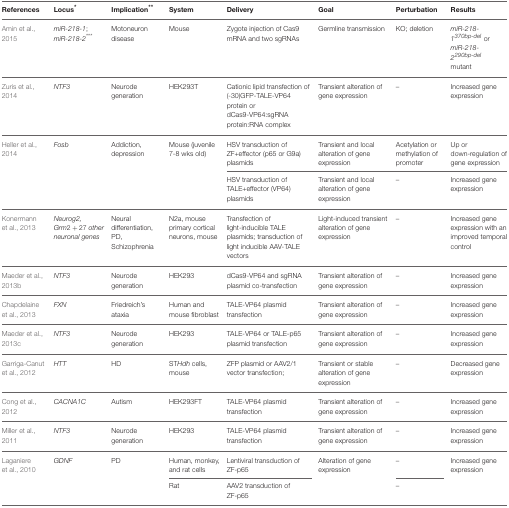
<table><thead><tr><td><b>References</b></td><td><b>Locus<sup>*</sup></b></td><td><b>Implication<sup>**</sup></b></td><td><b>System</b></td><td><b>Delivery</b></td><td><b>Goal</b></td><td><b>Perturbation</b></td><td><b>Results</b></td></tr></thead><tbody><tr><td>Amin et al., 2015</td><td><i>miR-218-1</i>; <i>miR-218-2<sup>***</sup></i></td><td>Motoneuron disease</td><td>Mouse</td><td>Zygote injection of Cas9 mRNA and two sgRNAs</td><td>Germline transmission</td><td>KO; deletion</td><td><i>miR-218-1<sup><i>370<i>bp</i>−<i>del</i></i></sup></i> or <i>miR-218-2<sup><i>290<i>bp</i>−<i>del</i></i></sup></i> mutant</td></tr><tr><td>Zuris et al., 2014</td><td><i>NTF3</i></td><td>Neurodegeneration</td><td>HEK293T</td><td>Cationic lipid transfection of (-30)GFP-TALE-VP64 protein or dCas9-VP64:sgRNA protein:RNA complex</td><td>Transient alteration of gene expression</td><td>–</td><td>Increased gene expression</td></tr><tr><td>Heller et al., 2014</td><td><i>Fosb</i></td><td>Addiction, depression</td><td>Mouse (juvenile 7-8 wks old)</td><td>HSV transduction of ZF+effector (p65 or G9a) plasmids</td><td>Transient and local alteration of gene expression</td><td>Acetylation or methylation of promoter</td><td>Up or down-regulation of gene expression</td></tr><tr><td></td><td></td><td></td><td></td><td>HSV transduction of TALE+effector (VP64) plasmids</td><td>Transient and local alteration of gene expression</td><td>–</td><td>Increased gene expression</td></tr><tr><td>Konermann et al., 2013</td><td><i>Neurog2, Grm2+27 other neuronal genes</i></td><td>Neural differentiation, PD, Schizophrenia</td><td>N2a, mouse primary cortical neurons, mouse</td><td>Transfection of light-inducible TALE plasmids; transduction of light inducible AAV-TALE vectors</td><td>Light-induced transient alteration of gene expression</td><td>–</td><td>Increased gene expression with an improved temporal control</td></tr><tr><td>Maeder et al., 2013b</td><td><i>NTF3</i></td><td>Neurodegeneration</td><td>HEK293</td><td>dCas9-VP64 and sgRNA plasmid co-transfection</td><td>Transient alteration of gene expression</td><td>–</td><td>Increased gene expression</td></tr><tr><td>Chapdelaine et al., 2013</td><td><i>FXN</i></td><td>Friedreich&#x27;s ataxia</td><td>Human and mouse fibroblast</td><td>TALE-VP64 plasmid transfection</td><td>Transient alteration of gene expression</td><td>–</td><td>Increased gene expression</td></tr><tr><td>Maeder et al., 2013c</td><td><i>NTF3</i></td><td>Neurodegeneration</td><td>HEK293</td><td>TALE-VP64 or TALE-p65 plasmid transfection</td><td>Transient alteration of gene expression</td><td>–</td><td>Increased gene expression</td></tr><tr><td>Garriga-Canut et al., 2012</td><td><i>HTT</i></td><td>HD</td><td>ST<i>Hdh</i> cells, mouse</td><td>ZFP plasmid or AAV2/1 vector transfection;</td><td>Transient or stable alteration of gene expression</td><td>–</td><td>Decreased gene expression</td></tr><tr><td>Cong et al., 2012</td><td><i>CACNA1C</i></td><td>Autism</td><td>HEK293FT</td><td>TALE-VP64 plasmid transfection</td><td>Transient alteration of gene expression</td><td>–</td><td>Increased gene expression</td></tr><tr><td>Miller et al., 2011</td><td><i>NTF3</i></td><td>Neurodegeneration</td><td>HEK293</td><td>TALE-VP64 plasmid transfection</td><td>Transient alteration of gene expression</td><td>–</td><td>Increased gene expression</td></tr><tr><td>Laganiere et al., 2010</td><td><i>GDNF</i></td><td>PD</td><td>Human, monkey, and rat cells</td><td>Lentiviral transduction of ZF-p65</td><td>Alteration of gene expression</td><td>–</td><td>Increased gene expression</td></tr><tr><td></td><td></td><td></td><td>Rat</td><td>AAV2 transduction of ZF-p65</td><td></td><td>–</td><td></td></tr></tbody></table>